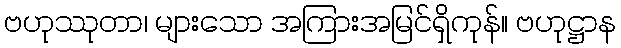
ဗဟုဿုတာ၊ များသော အကြားအမြင်ရှိကုန်။ ဗဟုဋ္ဌာန